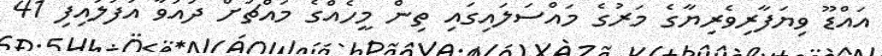
އައްޑޫ ވިޔަފާރިވެރިޔާގެ މަރުގެ މައްސަލައިގައި ތިން މީހެއްގެ މައްޗަށް ދައުވާ އުފުލައިފި 41